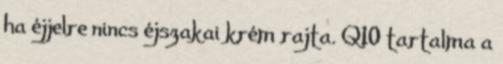
ha éjjelre nincs éjszakai krém rajta. Q10 tartalma a